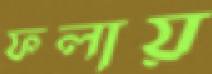
ফলায়